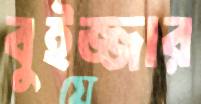
বুইজ্জার